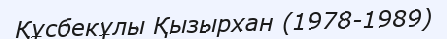
Құсбекұлы Қызырхан (1978-1989)